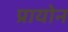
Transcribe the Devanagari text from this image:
प्रायोन